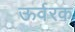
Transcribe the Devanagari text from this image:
ऊर्वरक